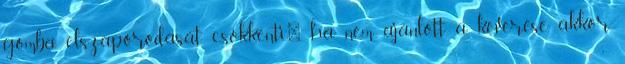
gomba elszaporodását csökkenti". ha nem ajánlott a keverése, akkor